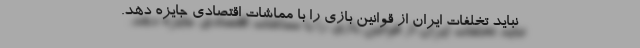
نباید تخلفات ایران از قوانین بازی را با مماشات اقتصادی جایزه دهد.